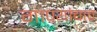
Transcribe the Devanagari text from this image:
गाण्यांचाच